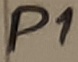
Text: P1